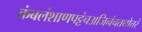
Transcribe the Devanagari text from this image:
कंबलंशाणपट्टंचअजिनंचतथोत्तरं